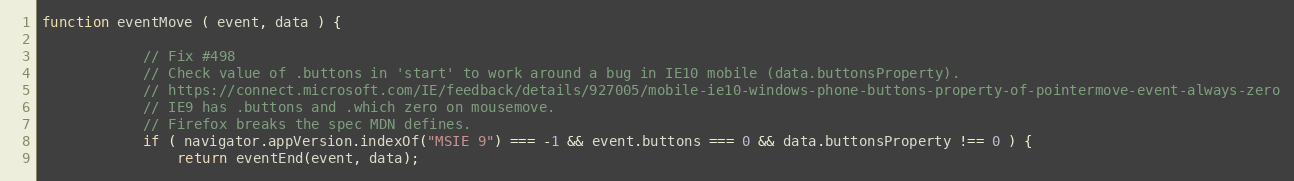
Language: JavaScript
function eventMove ( event, data ) {

            // Fix #498
            // Check value of .buttons in 'start' to work around a bug in IE10 mobile (data.buttonsProperty).
            // https://connect.microsoft.com/IE/feedback/details/927005/mobile-ie10-windows-phone-buttons-property-of-pointermove-event-always-zero
            // IE9 has .buttons and .which zero on mousemove.
            // Firefox breaks the spec MDN defines.
            if ( navigator.appVersion.indexOf("MSIE 9") === -1 && event.buttons === 0 && data.buttonsProperty !== 0 ) {
                return eventEnd(event, data);